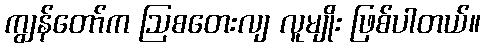
ကျွန်တော်က ဩစတေးလျ လူမျိုး ဖြစ်ပါတယ်။